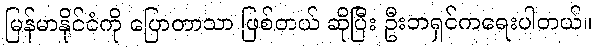
မြန်မာနိုင်ငံကို ပြောတာသာ ဖြစ်တယ် ဆိုပြီး ဦးဘရှင်ကရေးပါတယ်။